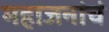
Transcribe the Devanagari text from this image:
महाजनांचं